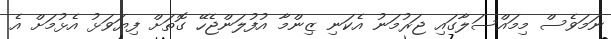
ނަމަވެސް މިމައްސަލާގައި ޖަރުމަނު އެކަނި ޒިންމާ އުފުލަންޖެހޭ ގޮތަށް ފިޔަވަޅު އެޅުމަށް އެ